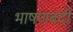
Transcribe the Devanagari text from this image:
भाषणबंदी